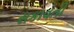
સકાવતી